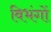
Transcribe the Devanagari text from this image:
विभंगों